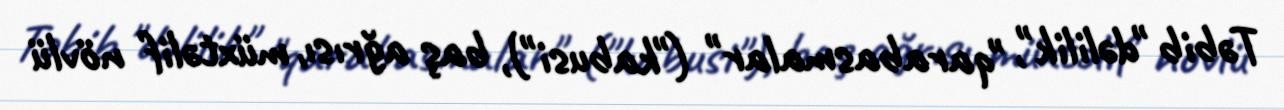
Təbib "dəlilik", "qarabasmalar" ("kabusi"), baş ağrısı, müxtəlif növlü